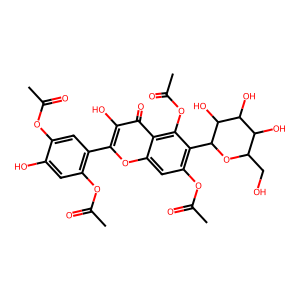
SMILES: CC(=O)Oc1cc(-c2oc3cc(OC(C)=O)c(C4OC(CO)C(O)C(O)C4O)c(OC(C)=O)c3c(=O)c2O)c(OC(C)=O)cc1O
Inhibits HIV replication: No